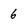
Character: 6